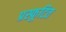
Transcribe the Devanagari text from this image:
प्रस्फूटित